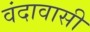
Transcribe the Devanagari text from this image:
वंदावासी